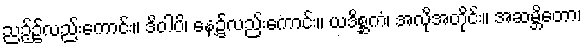
ညဉ့်၌လည်းကောင်း။ ဒိဝါပိ၊ နေ့၌လည်းကောင်း။ ယဒိစ္ဆကံ၊ အလိုအတိုင်း။ အဆမ္ဘိတော၊